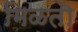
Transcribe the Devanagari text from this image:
मिळतॊ